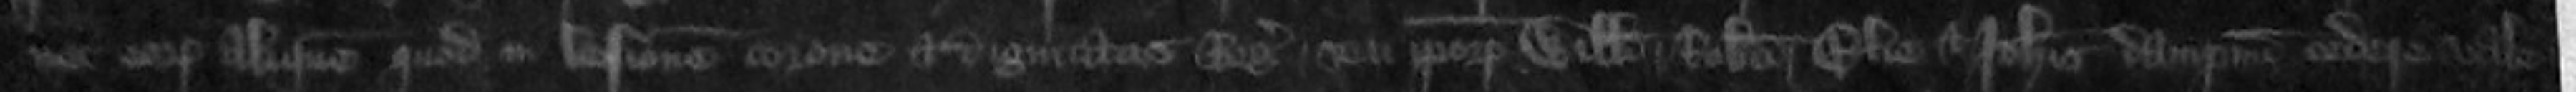
nec eorum aliquem quod in lesionem corone et dignitatis Regis seu ipsorum Willelmi Roberti Elie et Johannis dampnum cedere vale